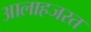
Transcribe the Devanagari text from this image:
आलाहजरत